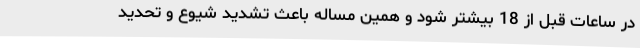
در ساعات قبل از 18 بیشتر شود و همین مساله باعث تشدید شیوع و تحدید